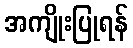
အကျိုးပြုရန်